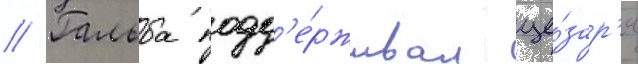
// Гальба подд'е́рживал це́зар'я